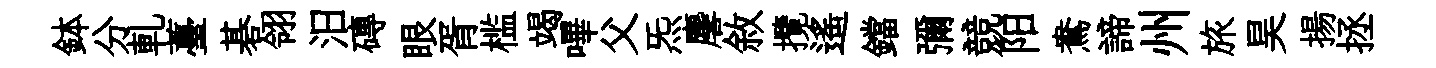
鉢分軋薹碁翎汨磚眼胥槛竭嗶父炁麐敘攬遥鐺彌競阳鴦諦州旅昊揚拯